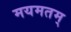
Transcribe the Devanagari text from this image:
मयमतम्